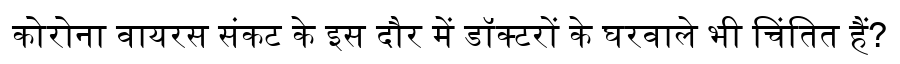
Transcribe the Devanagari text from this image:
कोरोना वायरस संकट के इस दौर में डॉक्टरों के घरवाले भी चिंतित हैं?